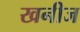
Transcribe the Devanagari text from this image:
खनीज